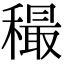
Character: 穝